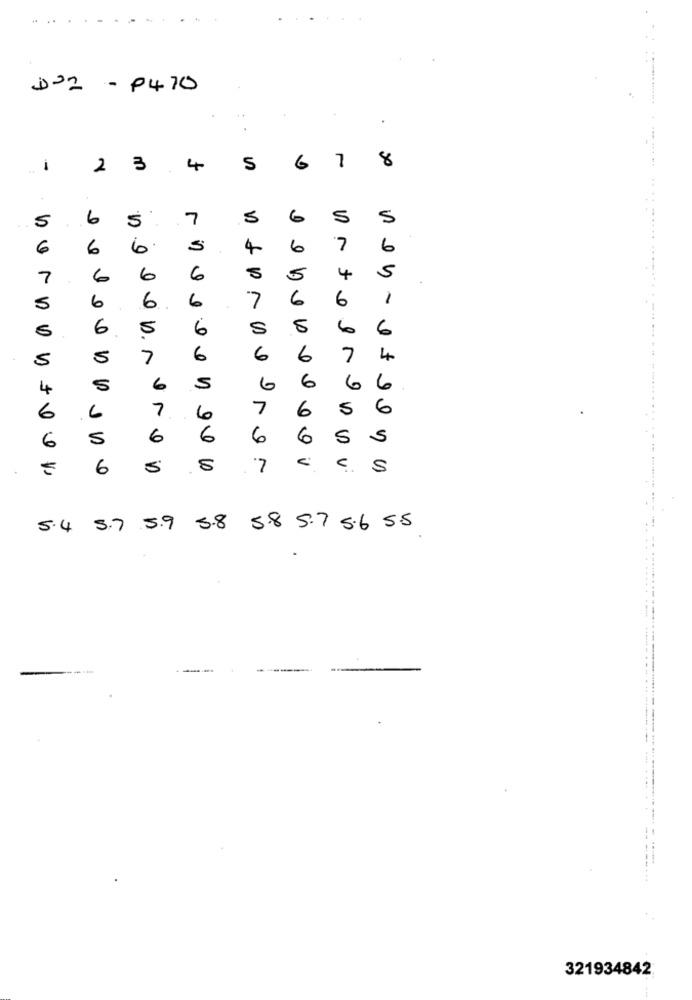
..
-
P470
++
7
8
-
2
3
4
S
6
5
6
5
7
5
6
S
5
6
6
6.
4
6
7
6
7
6
6
6
5
4
5
.
6
6
6
7
6
6
5
. .
5
6
6
S
5
6
6
5
5
7
6
6
6
7
4
6
4
6
S
6
6
6
7
7
6
5
6
6
6
5
6
6
6
6
S
S
6
5
·7
C
S
5.8
5.7
5.6 5.5
5.4
5.7
5.9
58
321934842